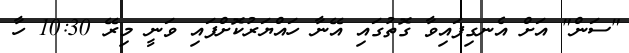
"ސަން" އަށް އެނގިފައިވާ ގޮތުގައި އޭނާ ހައްޔަރުކޮށްފައި ވަނީ މިރޭ 10:30 ހާ